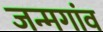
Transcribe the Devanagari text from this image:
जन्मगांव